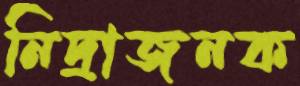
নিদ্রাজনক